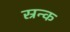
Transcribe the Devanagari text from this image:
स्रन्क